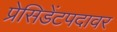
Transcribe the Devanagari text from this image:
प्रेसिडेंटपदावर